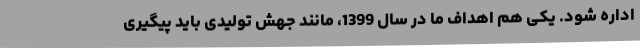
اداره شود. یکی هم اهداف ما در سال 1399، مانند جهش تولیدی باید پیگیری